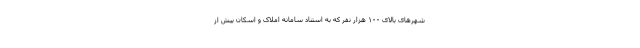
شهرهای بالای ۱۰۰ هزار نفر که به استناد سامانه املاک و اسکان بیش از